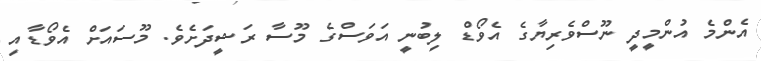
އެންމެ އުންމީދީ ނޫސްވެރިޔާގެ އެވޯޑް ލިބުނީ އަވަސްގެ މޫސާ ރަޝީދަށެވެ. މޫސައަށް އެވޯޑާއި